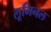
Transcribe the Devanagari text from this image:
लूमिनल